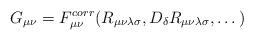
LaTeX: \begin{align*}G_{\mu\nu}= F_{\mu\nu}^{corr} ( R_{\mu\nu\lambda\sigma},D_{\delta} R_{\mu\nu\lambda\sigma}, \dots)\end{align*}